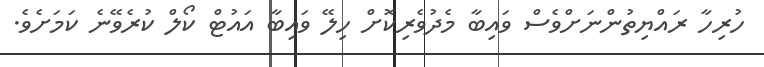
ހުރިހާ ރައްޔިތުންނަށްވެސް ވައިބާ މެދުވެރިކޮށް ހިލޭ ވައިބާ އައުޓް ކޯލް ކުރެވޭނެ ކަމަށެވެ.